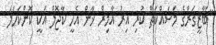
"ބާޒީގަރްގެ މަސައްކަތް ކުރި އިރު އާމިރް ޚާން އެހީ ކާޖޮލް އަކީ ކޮންކަހަލަ